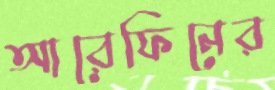
আরেফিনের